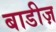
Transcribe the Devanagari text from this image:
बाडीज़